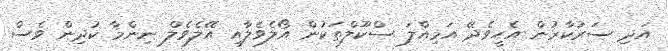
އަދި ސަރުކާރުން އެހީވެދޭ އަމިއްލަ ސްކޫލްތަކުން އޯލެވެލާއި އޭލެވެލް ނިންމާ ކުދިން ވެސް